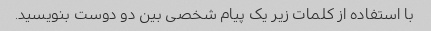
با استفاده از کلمات زیر یک پیام شخصی بین دو دوست بنویسید.